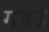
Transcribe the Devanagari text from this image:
गडढे